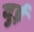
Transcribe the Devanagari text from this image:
वुई